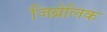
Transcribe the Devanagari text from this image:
जिब्रेलिक